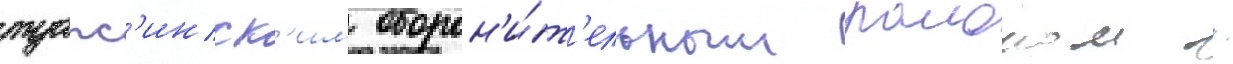
туапс'инск'им оборон'и́т'ельным раионом /